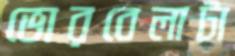
ভোরবেলাটা